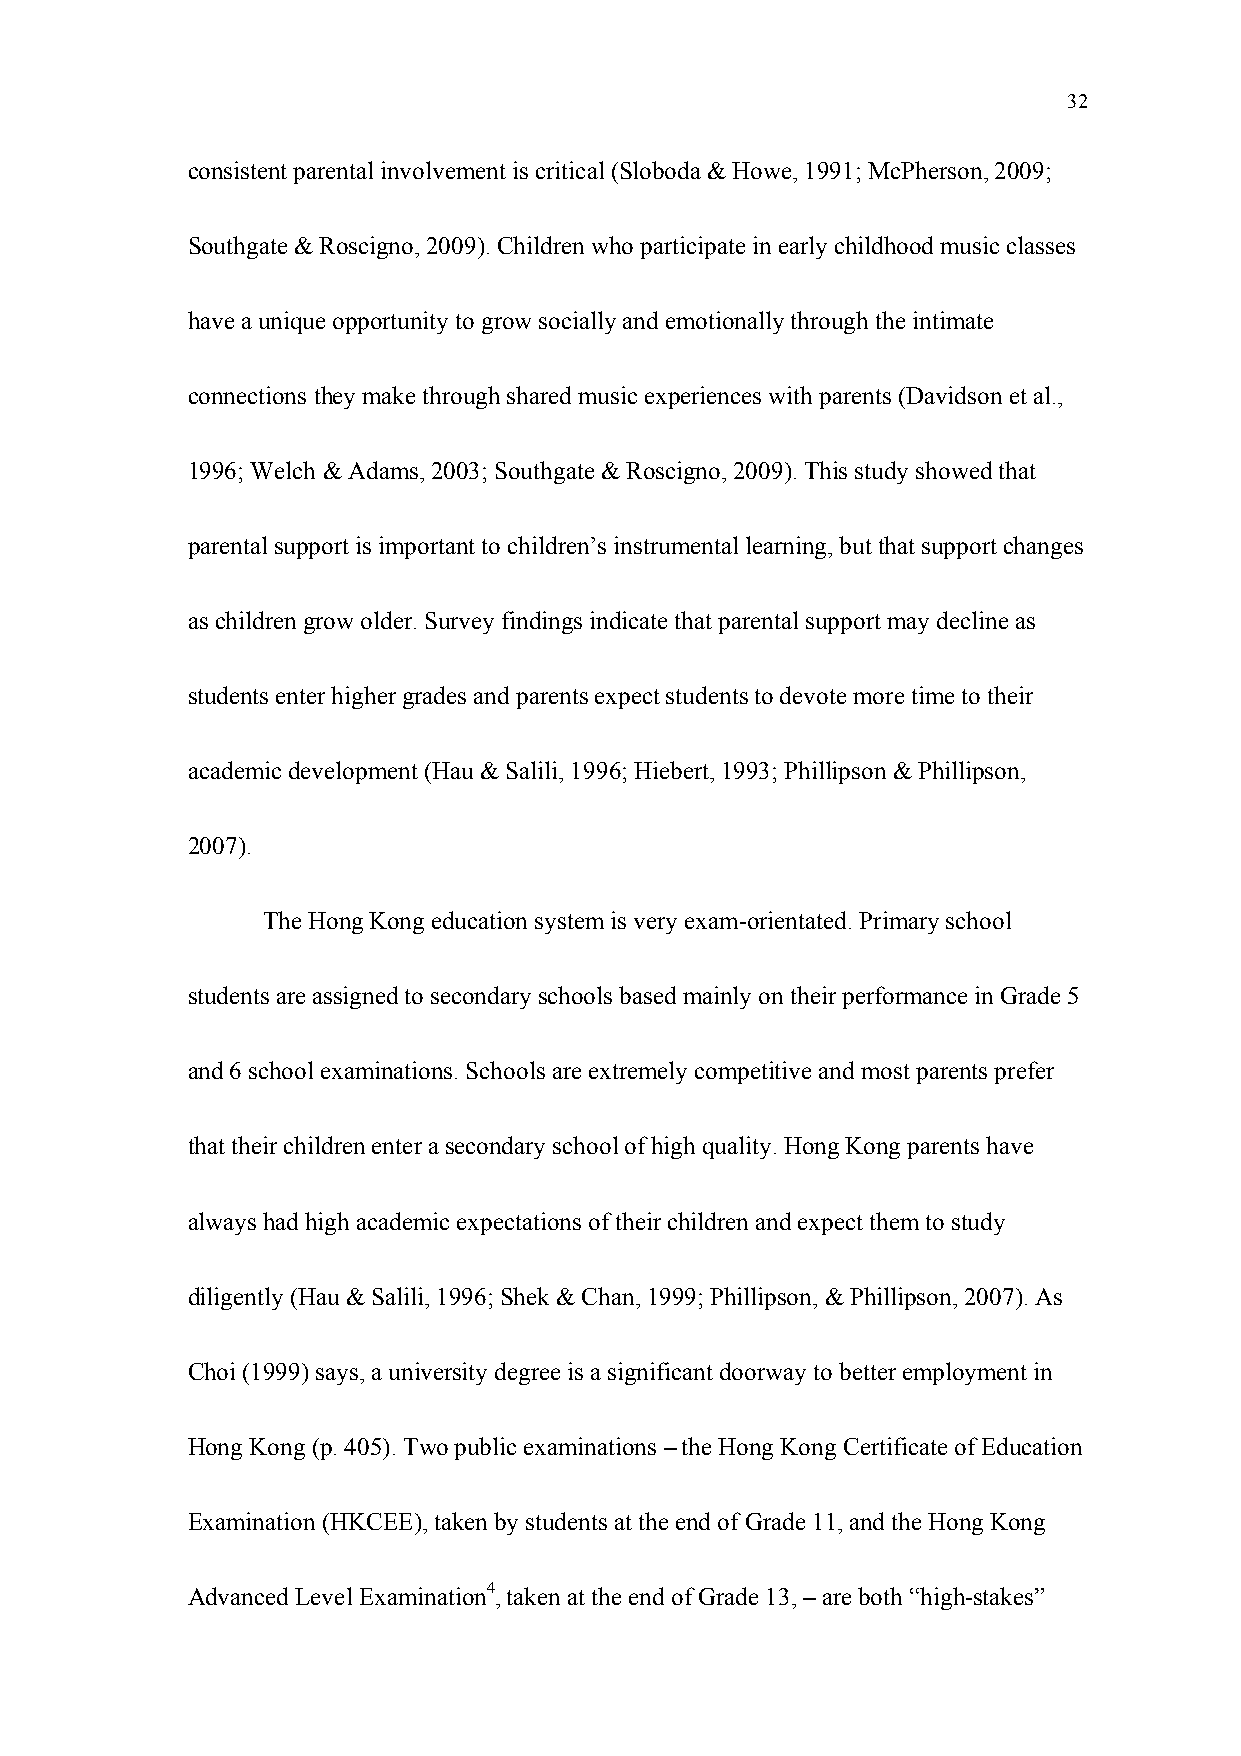
32
 consistent parental involvement is critical (Sloboda & Howe, 1991; McPherson, 2009;
 Southgate & Roscigno, 2009). Children who participate in early childhood music classes
 have a unique opportunity to grow socially and emotionally through the intimate
 connections they make through shared music experiences with parents (Davidson et al.,
 1996; Welch & Adams, 2003; Southgate & Roscigno, 2009). This study showed that
 parental support is important to children’s instrumental learning, but that support changes
 as children grow older. Survey findings indicate that parental support may decline as
 students enter higher grades and parents expect students to devote more time to their
 academic development (Hau & Salili, 1996; Hiebert, 1993; Phillipson & Phillipson,
 2007).
 The Hong Kong education system is very exam-orientated. Primary school
 students are assigned to secondary schools based mainly on their performance in Grade 5
 and 6 school examinations. Schools are extremely competitive and most parents prefer
 that their children enter a secondary school of high quality. Hong Kong parents have
 always had high academic expectations of their children and expect them to study
 diligently (Hau & Salili, 1996; Shek & Chan, 1999; Phillipson, & Phillipson, 2007). As
 Choi (1999) says, a university degree is a significant doorway to better employment in
 Hong Kong (p. 405). Two public examinations – the Hong Kong Certificate of Education
 Examination (HKCEE), taken by students at the end of Grade 11, and the Hong Kong
 Advanced Level Examination4, taken at the end of Grade 13, – are both “high-stakes”